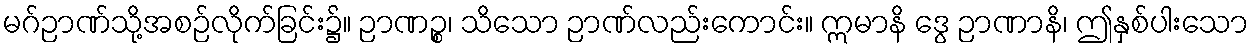
မဂ်ဉာဏ်သို့အစဉ်လိုက်ခြင်း၌။ ဉာဏဉ္စ၊ သိသော ဉာဏ်လည်းကောင်း။ ဣမာနိ ဒွေ ဉာဏာနိ၊ ဤနှစ်ပါးသော